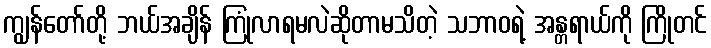
ကျွန်တော်တို့ ဘယ်အချိန် ကြုံလာရမလဲဆိုတာမသိတဲ့ သဘာဝရဲ့ အန္တရာယ်ကို ကြိုတင်